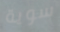
سوية